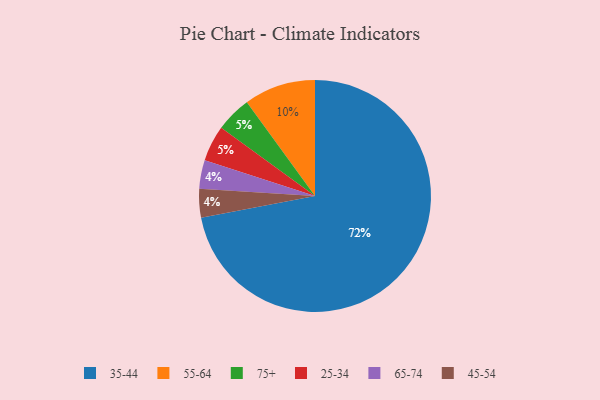
{"axis": {"x": "Category", "y": "Percentage"}, "legend": ["25-34", "35-44", "45-54", "55-64", "65-74", "75+"], "data": [{"x": "75+", "y": 5, "type": "75+"}, {"x": "65-74", "y": 4, "type": "65-74"}, {"x": "45-54", "y": 4, "type": "45-54"}, {"x": "35-44", "y": 72, "type": "35-44"}, {"x": "25-34", "y": 5, "type": "25-34"}, {"x": "55-64", "y": 10, "type": "55-64"}]}